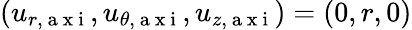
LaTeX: (u_{r,\mathrm{~a~x~i~}},u_{\theta,\mathrm{~a~x~i~}},u_{z,\mathrm{~a~x~i~}})=(0,r,0)